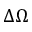
\Delta \Omega